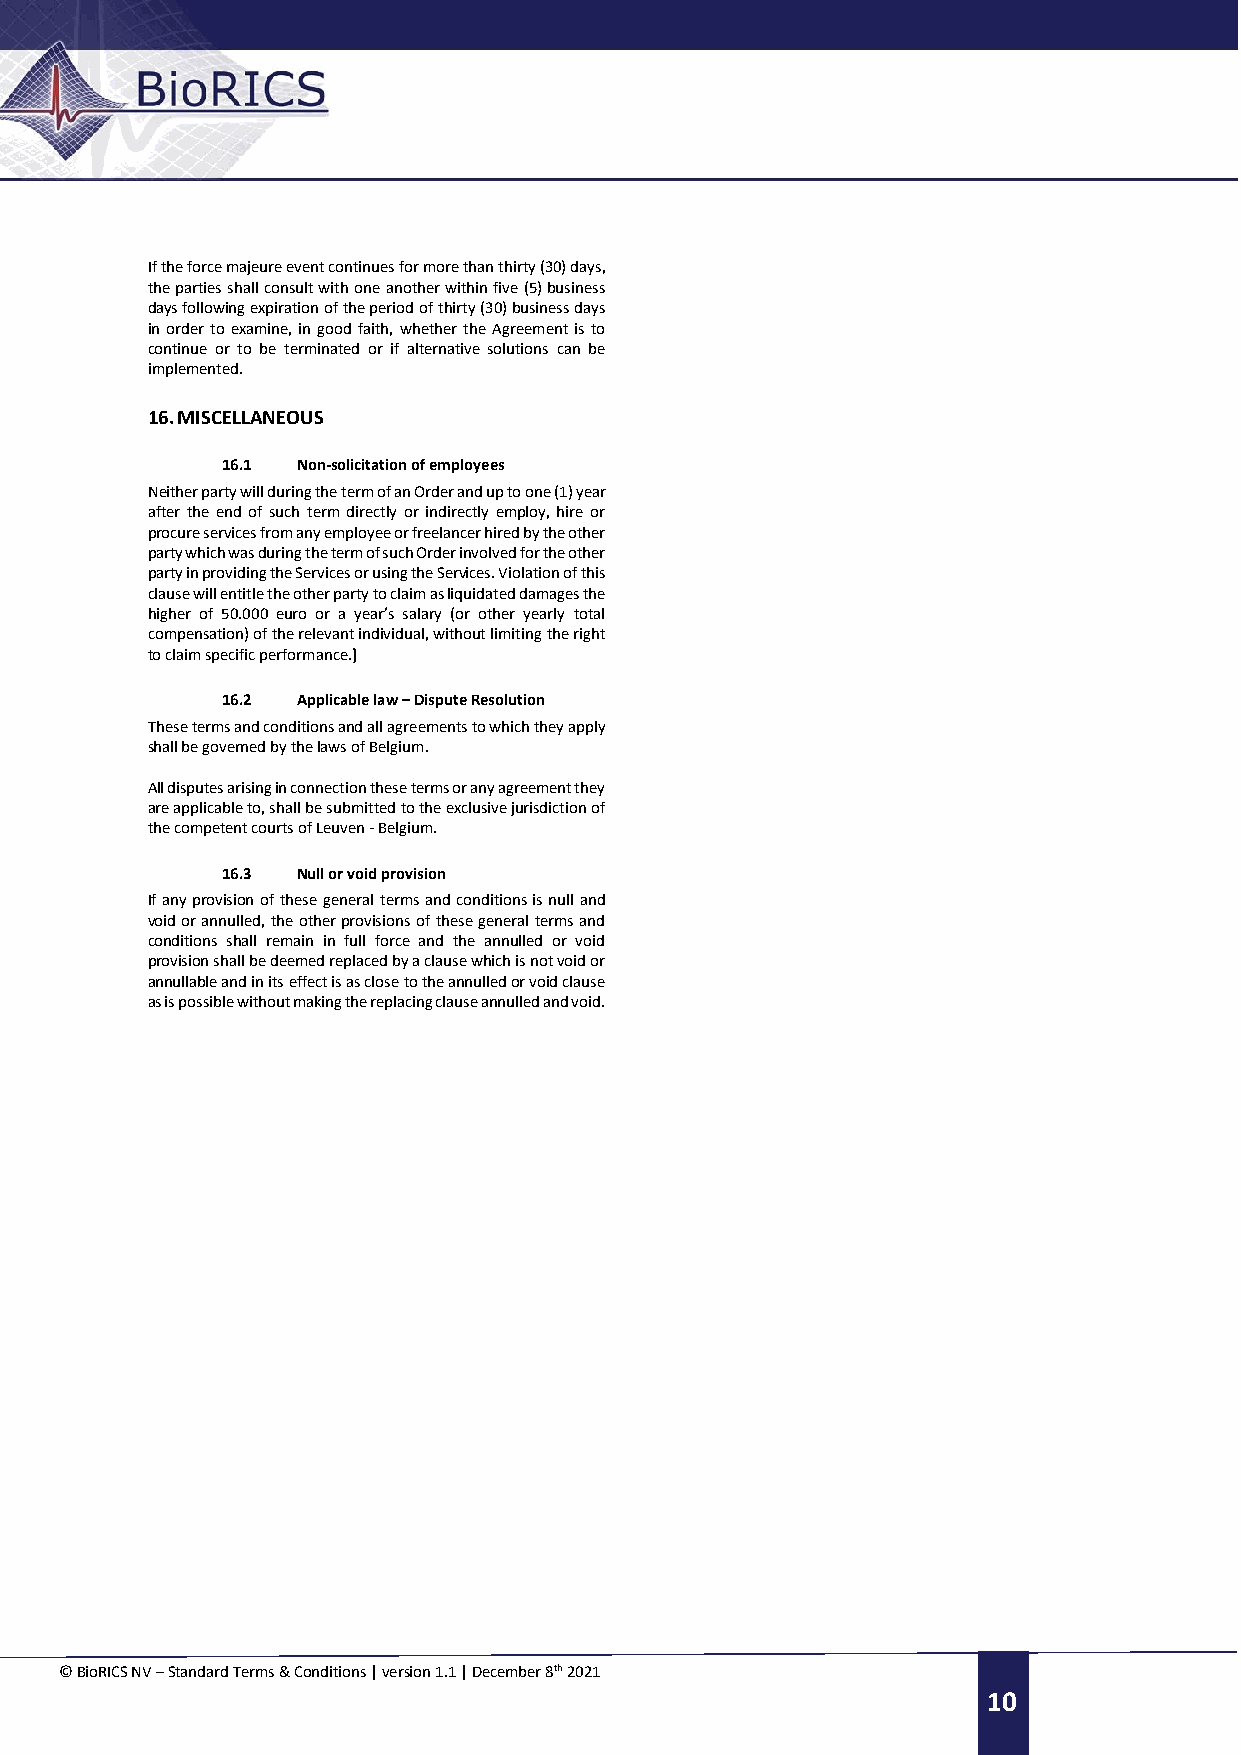
If the force majeure event continues for more than thirty (30) days,
 the parties shall consult with one another within five (5) business
 days following expiration of the period of thirty (30) business days
 in order to examine, in good faith, whether the Agreement is to
 continue or to be terminated or if alternative solutions can be
 implemented.
 16. MISCELLANEOUS
 16.1 Non-solicitation of employees
 Neither party will during the term of an Order and up to one (1) year
 after the end of such term directly or indirectly employ, hire or
 procure services from any employee or freelancer hired by the other
 party which was during the term of such Order involved for the other
 party in providing the Services or using the Services. Violation of this
 clause will entitle the other party to claim as liquidated damages the
 higher of 50.000 euro or a year’s salary (or other yearly total
 compensation) of the relevant individual, without limiting the right
 to claim specific performance.]
 16.2 Applicable law – Dispute Resolution
 These terms and conditions and all agreements to which they apply
 shall be governed by the laws of Belgium.
 All disputes arising in connection these terms or any agreement they
 are applicable to, shall be submitted to the exclusive jurisdiction of
 the competent courts of Leuven - Belgium.
 16.3 Null or void provision
 If any provision of these general terms and conditions is null and
 void or annulled, the other provisions of these general terms and
 conditions shall remain in full force and the annulled or void
 provision shall be deemed replaced by a clause which is not void or
 annullable and in its effect is as close to the annulled or void clause
 as is possible without making the replacing clause annulled and void.
 © BioRICS NV – Standard Terms & Conditions | version 1.1 | December 8th 2021 10
 10    f
 f
 f